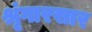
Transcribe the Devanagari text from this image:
श्रृंगारसार